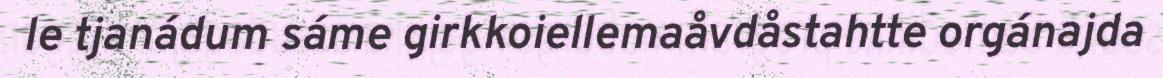
le tjanádum sáme girkkoiellemaåvdåstahtte orgánajda